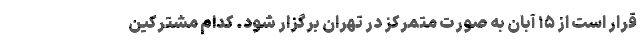
قرار است از ۱۵ آبان به صورت متمرکز در تهران برگزار شود. کدام مشترکین